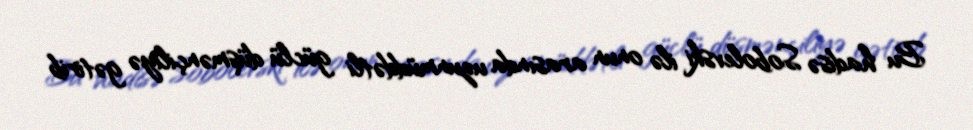
Bu hadisə Sobolevski ilə onun arasında uzunmüddətli güclü düşmənçiliyə gətirib